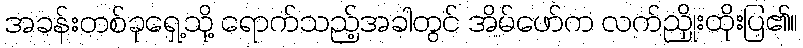
အခန်းတစ်ခုရှေ့သို့ ရောက်သည့်အခါတွင် အိမ်ဖော်က လက်ညှိုးထိုးပြ၏။